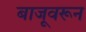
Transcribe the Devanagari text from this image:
बाजूवरून